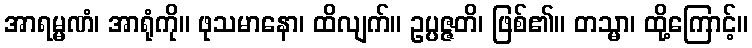
အာရမ္မဏံ၊ အာရုံကို။ ဖုသမာနော၊ ထိလျက်။ ဥပ္ပဇ္ဇတိ၊ ဖြစ်၏။ တသ္မာ၊ ထို့ကြောင့်။